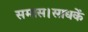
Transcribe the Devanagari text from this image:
समास।साधकें